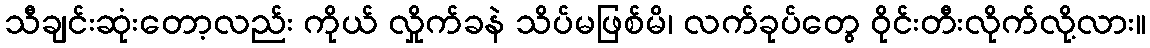
သီချင်းဆုံးတော့လည်း ကိုယ် လှိုက်ခနဲ သိပ်မဖြစ်မိ၊ လက်ခုပ်တွေ ဝိုင်းတီးလိုက်လို့လား။